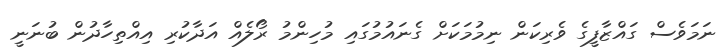
ނަމަވެސް ގައްޒާފީގެ ވެރިކަން ނިމުމަކަށް ގެނައުމުގައި މުހިންމު ރޯލެއް އަދާކުރި އިއްތިހާދުން ބުނަނީ